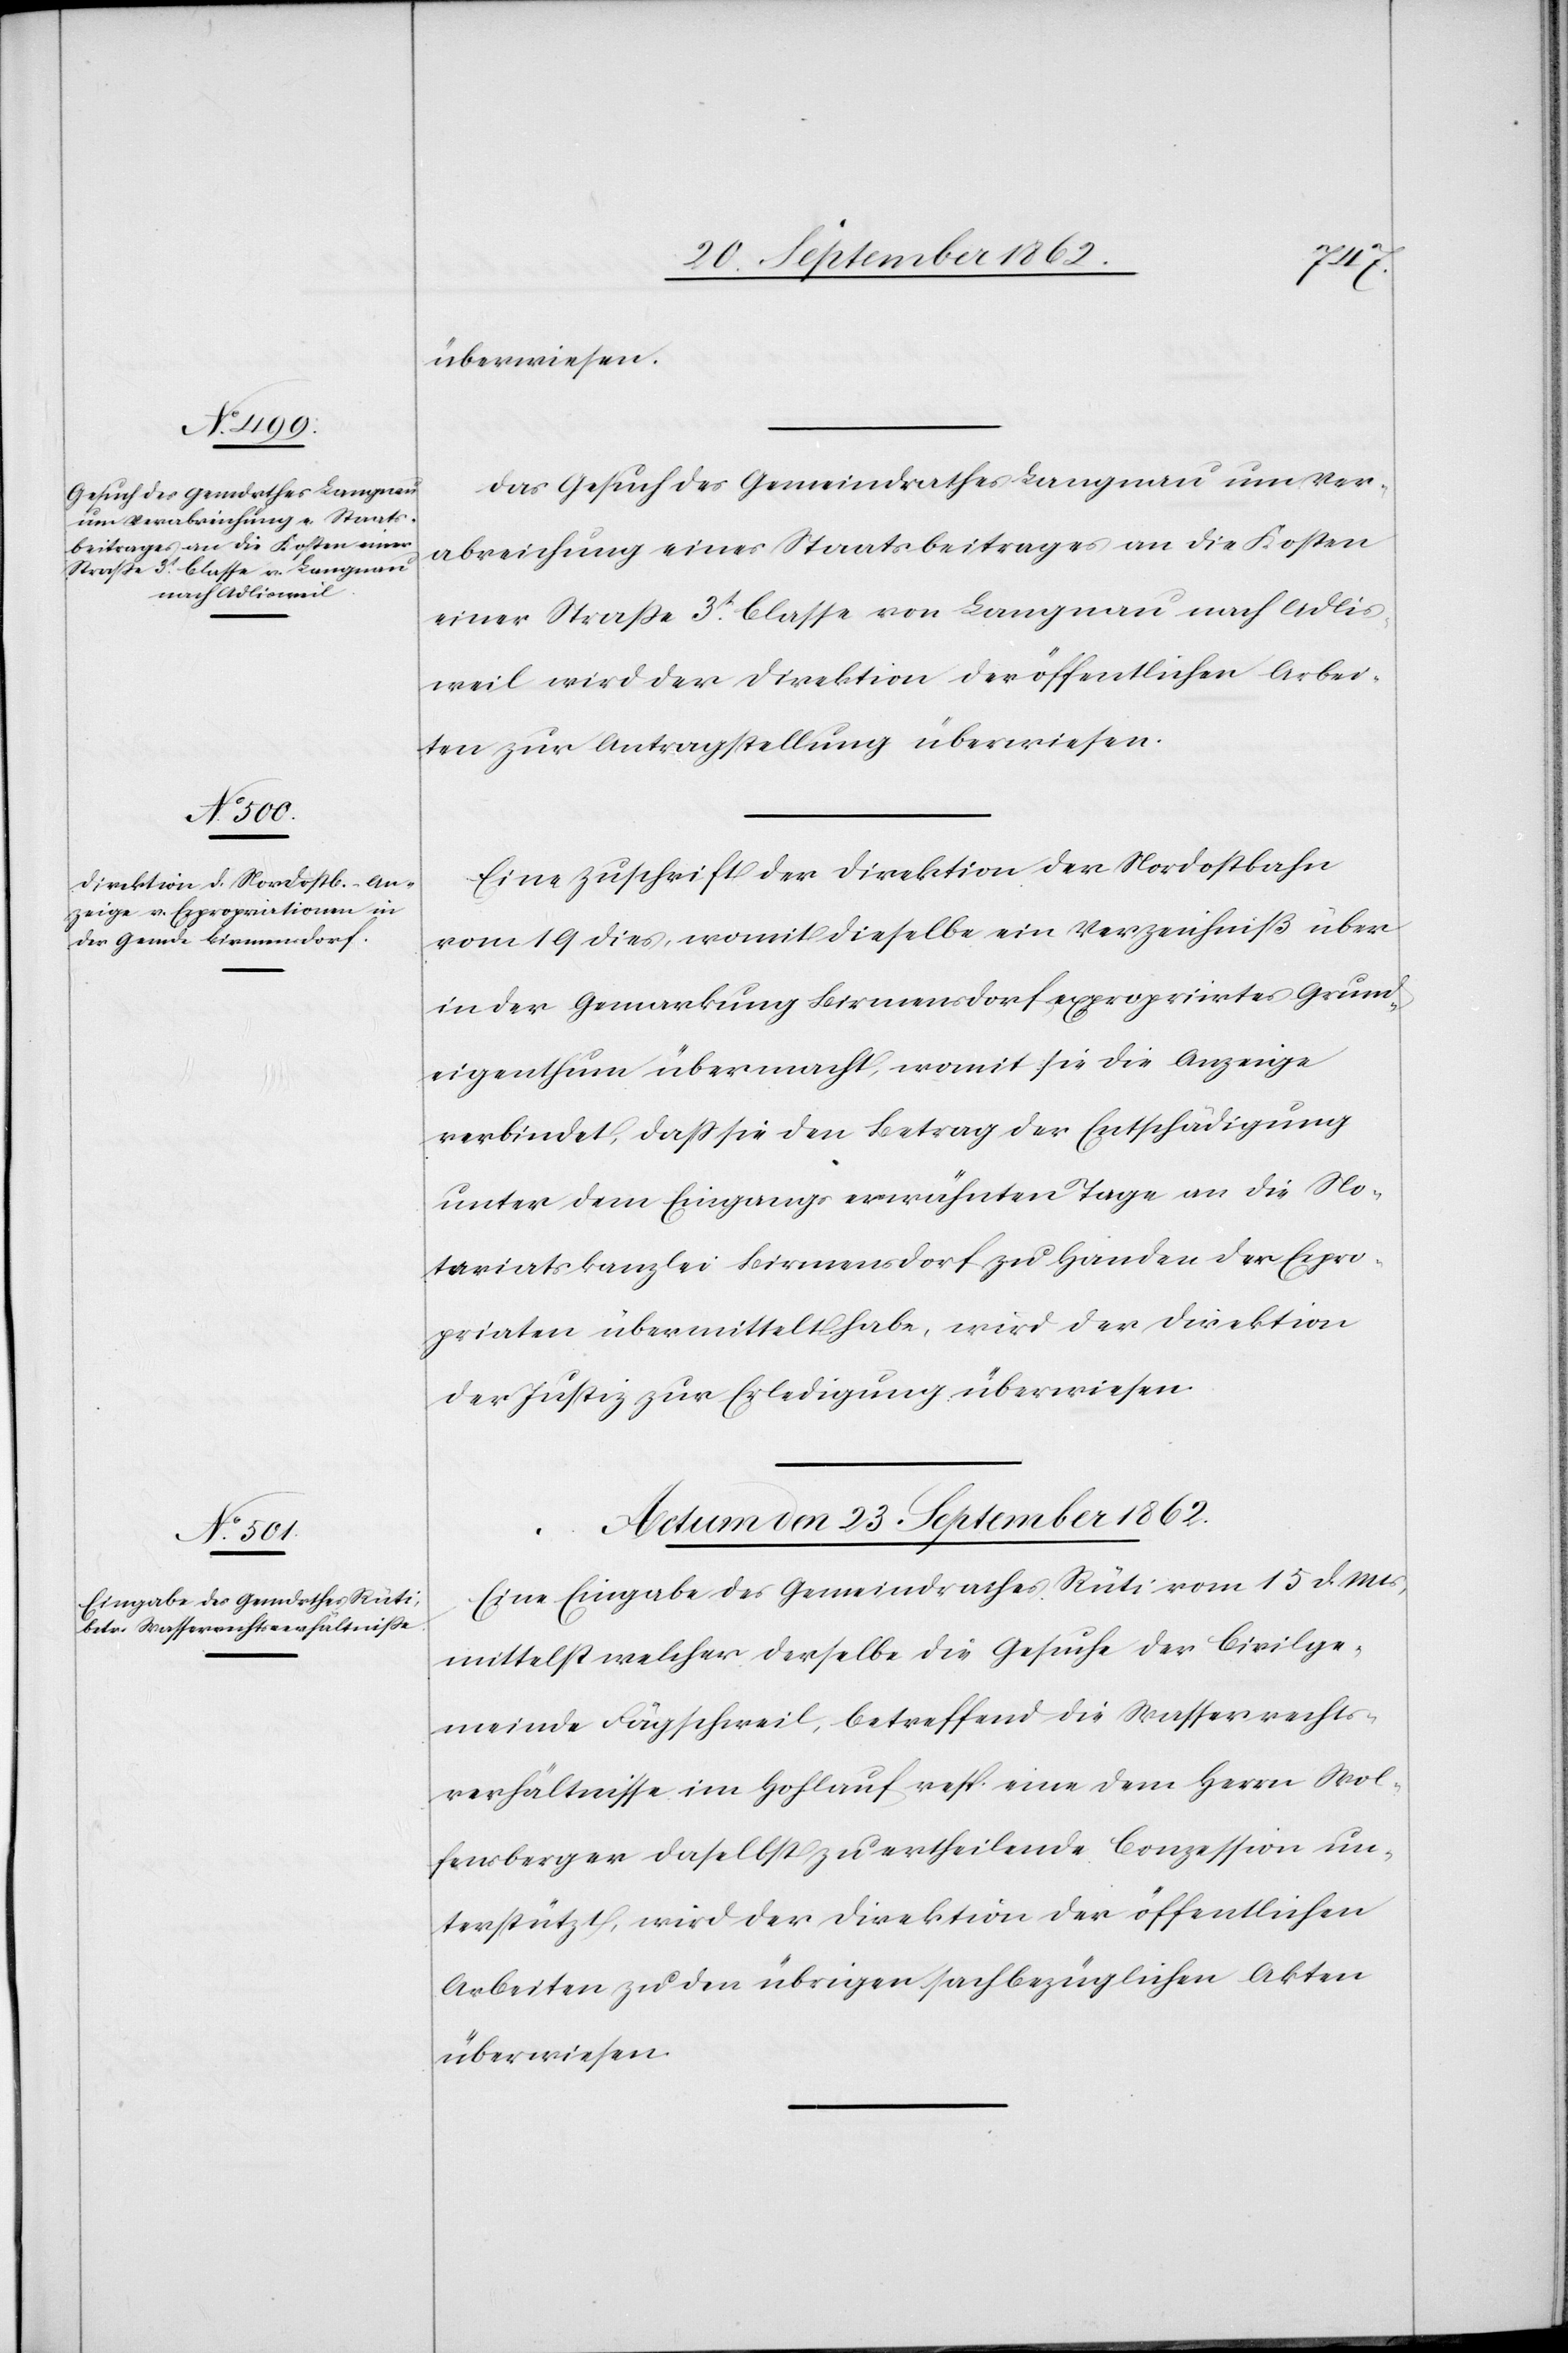
Das Gesuch des Gemeindrathes Langnau um Ver¬
abreichung eines Staatsbeitrages an die Kosten
einer Straße 3t Classe von Langnau nach Adlis¬
weil wird der Direktion der öffentlichen Arbei¬
ten zur Antragstellung überwiesen.
Eine Zuschrift der Direktion der Nordostbahn
vom 19. dies, womit dieselbe ein Verzeichniß über
in der Gemarkung Birmensdorf expropriirtes Grund¬
eigenthum übermacht, womit sie die Anzeige
verbindet, daß sie den Betrag der Entschädigung
unter dem Eingangs erwähnten Tage an die No¬
tariatskanzlei Birmensdorf zu Handen der Expro¬
priaten übermittelt habe, wird der Direktion
der Justiz zur Erledigung überwiesen.
Actum den 23. September 1862.
Eine Eingabe des Gemeindrathes Rüti vom 15. d. Mts.,
mittelst welcher derselbe die Gesuche der Civilge¬
meinde Fägschweil, betreffend die Wasserrechts¬
verhältnisse im Hohl auf resp. eine dem Herrn Wol¬
fensberger daselbst zu ertheilende Conzession un¬
terstützt, wird der Direktion der öffentlichen
Arbeiten zu den übrigen sachbezüglichen Akten
überwiesen.